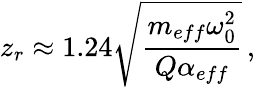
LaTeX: z_{r}\approx 1.24\sqrt{\frac{m_{eff}\omega_{0}^{2}}{Q\alpha_{eff}}}\, ,